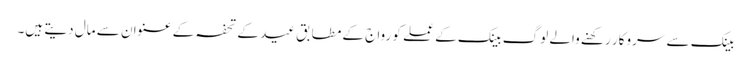
بینک سے سروکار رکھنے والے لوگ بینک کے عملے کو رواج کے مطابق عید کے تحفہ کے عنوان سے مال دیتے ہیں۔